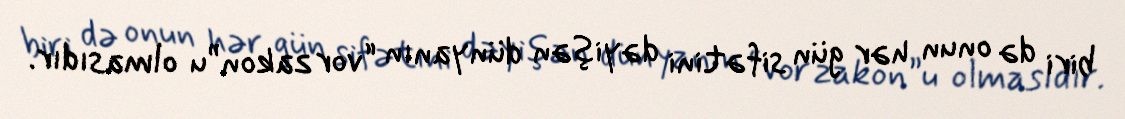
biri də onun hər gün sifətini dəyişən dünyanın “vor zakon”u olmasıdır.